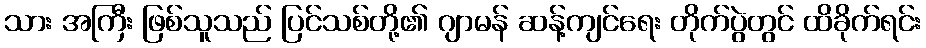
သား အကြီး ဖြစ်သူသည် ပြင်သစ်တို့၏ ဂျာမန် ဆန့်ကျင်ရေး တိုက်ပွဲတွင် ထိခိုက်ရင်း